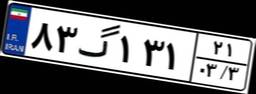
۸۳گ۱۳۱۲۱